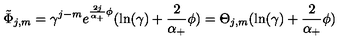
\tilde { \Phi } _ { j , m } = \gamma ^ { j - m } e ^ { \frac { 2 j } { \alpha _ { + } } \phi } ( \ln ( \gamma ) + \frac 2 { \alpha _ { + } } \phi ) = \Theta _ { j , m } ( \ln ( \gamma ) + \frac 2 { \alpha _ { + } } \phi )